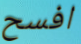
افسح